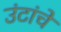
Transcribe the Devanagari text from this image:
उंटांचे